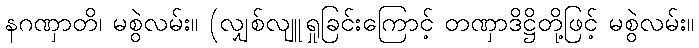
နဂဏှာတိ၊ မစွဲလမ်း။ (လျှစ်လျူရှုခြင်းကြောင့် တဏှာဒိဋ္ဌိတို့ဖြင့် မစွဲလမ်း။